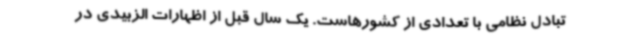
تبادل نظامی با تعدادی از کشورهاست. یک سال قبل از اظهارات الزبیدی در